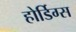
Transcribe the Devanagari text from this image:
होर्डिग्स